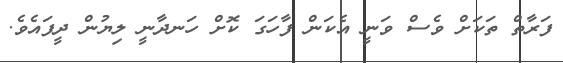
ފަރާތް ތަކަށް ވެސް ވަނީ އެކަން ފާހަގަ ކޮށް ހަނދާނީ ލިޔުން ދީފައެވެ.